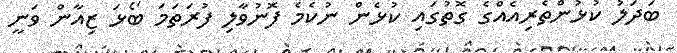
ބަދަލު ކުޅުންތެރިއެއްގެ ގޮތުގައި ކުޅެން ނުކެމެ ފޮނުވާލި ފުރަތަމަ ބޯޅަ ޒިއާން ވަނީ